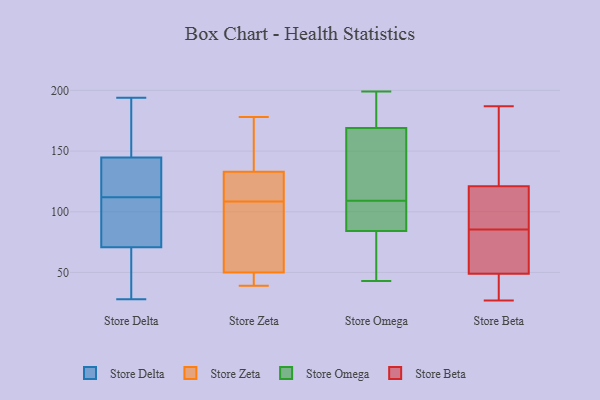
{"axis": {"x": "Website Visitors", "y": "Value"}, "legend": ["Store Beta", "Store Delta", "Store Omega", "Store Zeta"], "data": [{"x": "", "y": 180, "type": "Store Delta"}, {"x": "", "y": 28, "type": "Store Delta"}, {"x": "", "y": 32, "type": "Store Delta"}, {"x": "", "y": 90, "type": "Store Delta"}, {"x": "", "y": 146, "type": "Store Delta"}, {"x": "", "y": 76, "type": "Store Delta"}, {"x": "", "y": 135, "type": "Store Delta"}, {"x": "", "y": 141, "type": "Store Delta"}, {"x": "", "y": 194, "type": "Store Delta"}, {"x": "", "y": 112, "type": "Store Delta"}, {"x": "", "y": 69, "type": "Store Delta"}, {"x": "", "y": 122, "type": "Store Zeta"}, {"x": "", "y": 95, "type": "Store Zeta"}, {"x": "", "y": 166, "type": "Store Zeta"}, {"x": "", "y": 178, "type": "Store Zeta"}, {"x": "", "y": 50, "type": "Store Zeta"}, {"x": "", "y": 39, "type": "Store Zeta"}, {"x": "", "y": 133, "type": "Store Zeta"}, {"x": "", "y": 40, "type": "Store Zeta"}, {"x": "", "y": 93, "type": "Store Zeta"}, {"x": "", "y": 122, "type": "Store Zeta"}, {"x": "", "y": 109, "type": "Store Omega"}, {"x": "", "y": 154, "type": "Store Omega"}, {"x": "", "y": 168, "type": "Store Omega"}, {"x": "", "y": 43, "type": "Store Omega"}, {"x": "", "y": 88, "type": "Store Omega"}, {"x": "", "y": 61, "type": "Store Omega"}, {"x": "", "y": 125, "type": "Store Omega"}, {"x": "", "y": 172, "type": "Store Omega"}, {"x": "", "y": 49, "type": "Store Omega"}, {"x": "", "y": 91, "type": "Store Omega"}, {"x": "", "y": 107, "type": "Store Omega"}, {"x": "", "y": 190, "type": "Store Omega"}, {"x": "", "y": 115, "type": "Store Omega"}, {"x": "", "y": 197, "type": "Store Omega"}, {"x": "", "y": 73, "type": "Store Omega"}, {"x": "", "y": 199, "type": "Store Omega"}, {"x": "", "y": 98, "type": "Store Omega"}, {"x": "", "y": 148, "type": "Store Beta"}, {"x": "", "y": 79, "type": "Store Beta"}, {"x": "", "y": 77, "type": "Store Beta"}, {"x": "", "y": 52, "type": "Store Beta"}, {"x": "", "y": 104, "type": "Store Beta"}, {"x": "", "y": 32, "type": "Store Beta"}, {"x": "", "y": 92, "type": "Store Beta"}, {"x": "", "y": 177, "type": "Store Beta"}, {"x": "", "y": 75, "type": "Store Beta"}, {"x": "", "y": 107, "type": "Store Beta"}, {"x": "", "y": 172, "type": "Store Beta"}, {"x": "", "y": 49, "type": "Store Beta"}, {"x": "", "y": 187, "type": "Store Beta"}, {"x": "", "y": 27, "type": "Store Beta"}, {"x": "", "y": 47, "type": "Store Beta"}, {"x": "", "y": 113, "type": "Store Beta"}, {"x": "", "y": 43, "type": "Store Beta"}, {"x": "", "y": 121, "type": "Store Beta"}]}